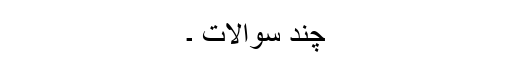
چند سوالات ۔